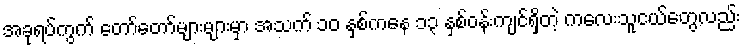
အခုရပ်ကွက် တော်တော်များများမှာ အသက် ၁၀ နှစ်ကနေ ၁၃ နှစ်ဝန်းကျင်ရှိတဲ့ ကလေးသူငယ်တွေလည်း